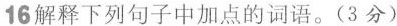
16解释下列句子中加点的词语。(3分)